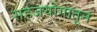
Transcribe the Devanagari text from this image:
सहजयोगातून